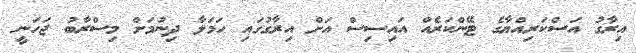
އިރާގު އަސްކަރިއްޔާގެ ޓޭންކަރެއް އައިސިސް އަށް އިރާގުގައި ހަމަލާ ދިނުމަށް މިސްރާބު ޖަހަނީ